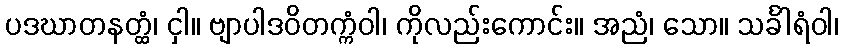
ပဒဃာတနတ္ထံ၊ ငှါ။ ဗျာပါဒဝိတက္ကံဝါ၊ ကိုလည်းကောင်း။ အညံ၊ သော။ သင်္ခါရံဝါ၊